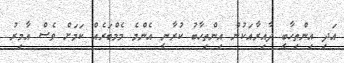
އަދި އިންތިހާބީ ދާއިރާއަކުން އިންތިހާބު ކުރާނީ އެންމެ މެމްބަރެއް ކަމަށް ވެސް އާމިރު